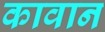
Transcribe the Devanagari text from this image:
कावान